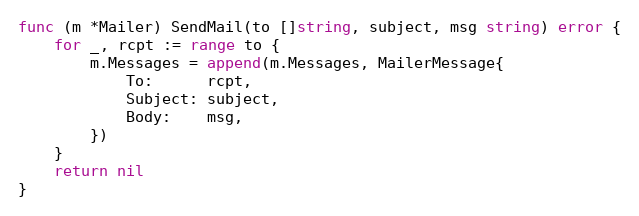
Language: Go
func (m *Mailer) SendMail(to []string, subject, msg string) error {
	for _, rcpt := range to {
		m.Messages = append(m.Messages, MailerMessage{
			To:      rcpt,
			Subject: subject,
			Body:    msg,
		})
	}
	return nil
}